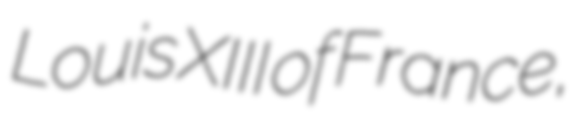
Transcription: Louis XIII of France,